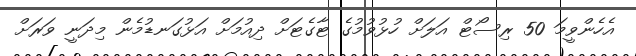
އެހެންވީމަ 50 ރިސޯޓް އަލަށް ހުޅުވުމުގެ ޓާގެޓަށް ދިއުމަށް އަޅުގަނޑުމެން މިދަނީ ވަރަށް